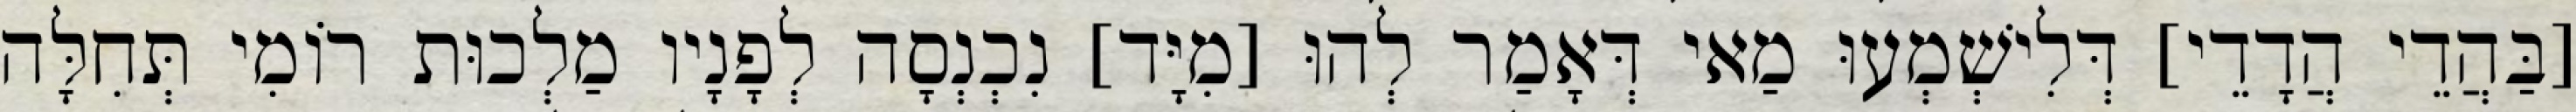
[בַּהֲדֵי הֲדָדֵי] דְּלִישְׁמְעוּ מַאי דְּאָמַר לְהוּ [מִיָּד] נִכְנְסָה לְפָנָיו מַלְכוּת רוֹמִי תְּחִלָּה